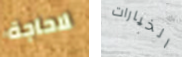
لاحاجة الخيارات